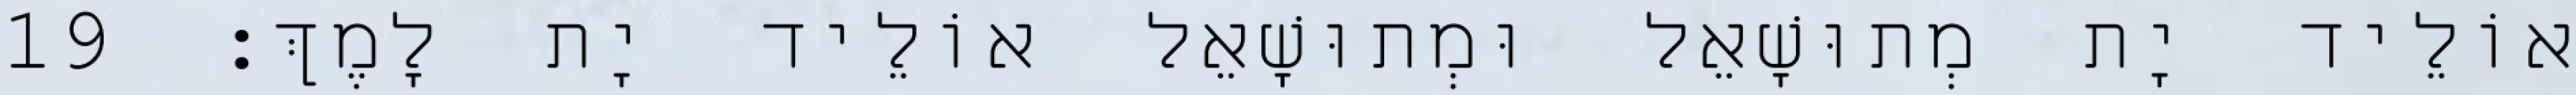
אוֹלֵיד יָת מְתוּשָׁאֵל וּמְתוּשָׁאֵל אוֹלֵיד יָת לָמֶךְ׃ 19